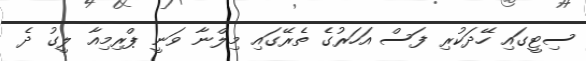
ސިޓީގައި ހޭދަކުރި ފަސް އަހަރުގެ ތެރޭގައި މިލްނާ ވަނީ ޕްރިމިއާ ލީގު ދެ